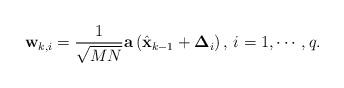
LaTeX: \begin{align*}\textbf{w}_{k,i}= \frac{1}{\sqrt{MN}}\textbf{a}\left(\hat{\textbf{x}}_{k-1}+\boldsymbol{\Delta}_{i}\right),\,i=1,\cdots,q.\end{align*}